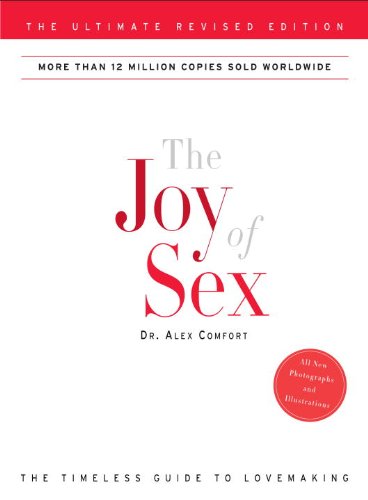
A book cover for The Joy of Sex: The Ultimate Revised Edition; Alex Comfort; Self-Help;